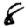
Digit: 8